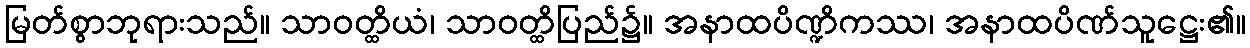
မြတ်စွာဘုရားသည်။ သာဝတ္ထိယံ၊ သာဝတ္ထိပြည်၌။ အနာထပိဏ္ဍိကဿ၊ အနာထပိဏ်သူဋ္ဌေး၏။